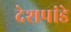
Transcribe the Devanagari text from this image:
देेशपांडे